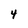
Character: 4